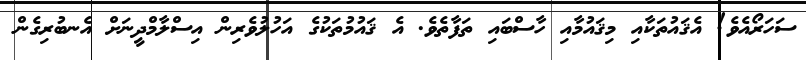
ސަހަރޯއެވެ! އެޤައުތަކާއި މިޤައުމާއި ހާސްބައި ތަފާތެވެ. އެ ޤައުމުތަކުގެ އަހުލުވެރިން އިސްލާމްދީނަށް އެނބުރިގެން